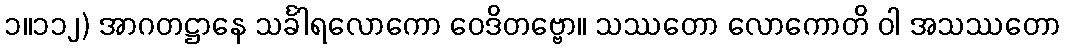
၁။၁၁၂) အာဂတဋ္ဌာနေ သင်္ခါရလောကော ဝေဒိတဗ္ဗော။ သဿတော လောကောတိ ဝါ အသဿတော